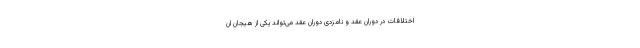
اختلافات در دوران عقد و نامزدی دوران عقد می‌تواند یکی از هیجان ان